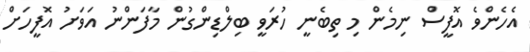
އެހެންވެ އޮފީސް ނިމެން މި ތިބެނީ ހުރަވީ ބިލްޑިންގުން މާފަންނު އަވަށު އޮފީހަށް